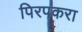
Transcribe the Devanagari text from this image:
पिरपकरा